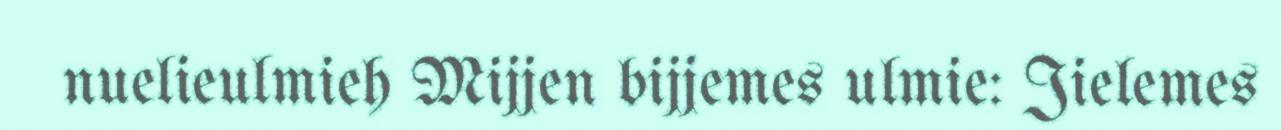
nuelieulmieh Mijjen bijjemes ulmie: Jielemes